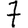
Digit: 7